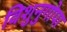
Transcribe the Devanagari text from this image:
विशुनुगोपा